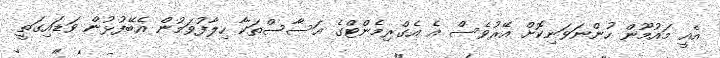
އެއީ މައުމޫން ހުންނަވަނިކޮށް އޭރުވެސް އެ އެގްރިމެންޓްގެ އަސާސްތަކާ ހިލާފުވަމުން އެބޭފުޅުން ވަޑައިގަތީ